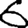
Digit: 6